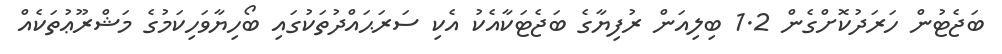
ބަޖެޓުން ހަރަދުކޮށްގެން 1.2 ބިލިއަން ރުފިޔާގެ ބަޖެޓަކާއެކު އެކި ސަރަޙައްދުތަކުގައި ބޯހިޔާވަހިކަމުގެ މަޝްރޫޢުތަކެއް